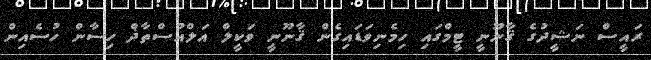
ރައީސް ނަޝީދުގެ ޤާނޫނީ ޓީމްގައި ހިމެނިވަޑައިގެން ޤާނޫނީ ވަކީލް އަލްއުސްތާޛް ހިސާން ހުސެއިން